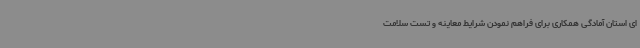
ای استان آمادگی همکاری برای فراهم نمودن شرایط معاینه و تست سلامت